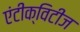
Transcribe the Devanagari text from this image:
एंटीक्विटीज